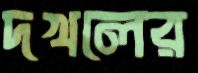
দখলের